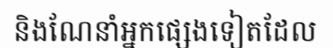
និងណែនាំអ្នកផ្សេងទៀតដែល